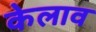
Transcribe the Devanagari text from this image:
केलाव